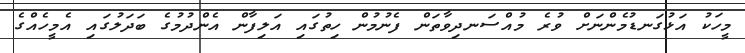
މީހަކު އަޅުގަނޑުމެންނަށް ވުރެ މުއްސަނދިވާތަން ފެނުމުން ހިތުގައި އަލިފާން އެންދުމުގެ ބަދަލުގައި އެމީހެއްގެ